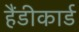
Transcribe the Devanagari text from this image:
हैंडीकार्ड